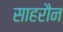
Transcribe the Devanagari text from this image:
साहरौन